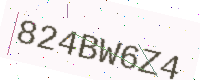
Text: 824BW6Z4